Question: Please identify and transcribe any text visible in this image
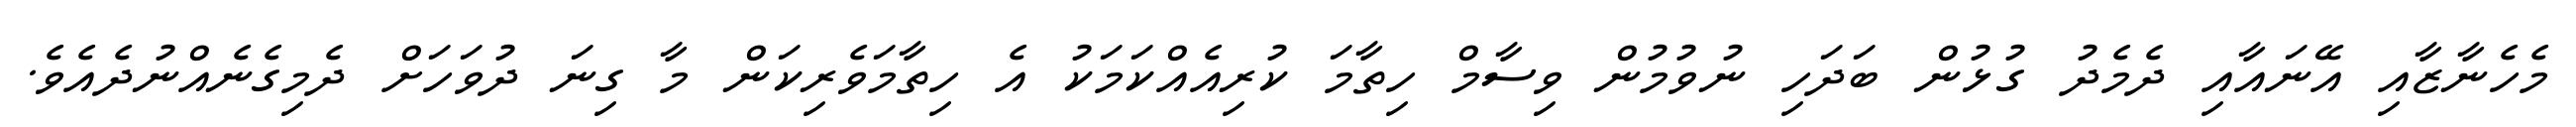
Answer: މެހެނާޒާއި އޭނައާއި ދެމެދު ގުޅުން ބަދަހި ނުވުމުން ވިސާމް ހިތާމަ ކުރިއެއްކަމަކު އެ ހިތާމަވެރިކަން މާ ގިނަ ދުވަހަށް ދެމިގެނެއްނުދެއެވެ.